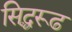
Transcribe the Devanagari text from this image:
सिद्धरूढ